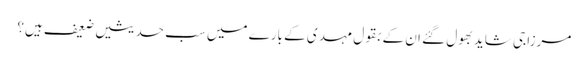
مرزا جی شاید بھول گئے ان کے بقول مہدی کے بارے میں سب حدیثیں ضعیف ہیں؟